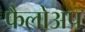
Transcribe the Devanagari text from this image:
फैलोअप